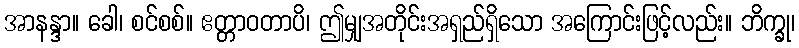
အာနန္ဒာ။ ခေါ၊ စင်စစ်။ ဧတ္တာဝတာပိ၊ ဤမျှအတိုင်းအရှည်ရှိသော အကြောင်းဖြင့်လည်း။ ဘိက္ခု၊